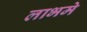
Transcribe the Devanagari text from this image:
लाभमे